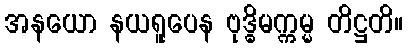
အနယော နယရူပေန ဗုဒ္ဓိမက္ကမ္မ တိဋ္ဌတိ။